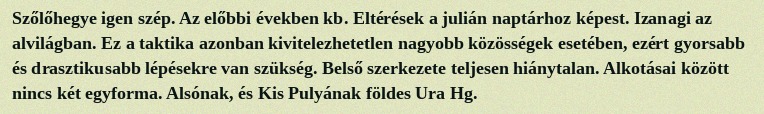
Szőlőhegye igen szép. Az előbbi években kb. Eltérések a julián naptárhoz képest. Izanagi az alvilágban. Ez a taktika azonban kivitelezhetetlen nagyobb közösségek esetében, ezért gyorsabb és drasztikusabb lépésekre van szükség. Belső szerkezete teljesen hiánytalan. Alkotásai között nincs két egyforma. Alsónak, és Kis Pulyának földes Ura Hg.